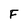
Character: F